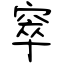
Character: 窣